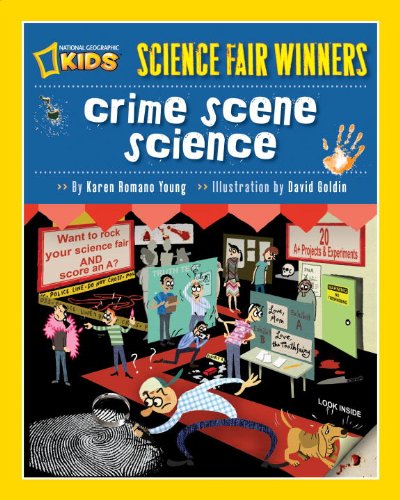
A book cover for Science Fair Winners: Crime Scene Science; Karen Romano Young; Children's Books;